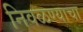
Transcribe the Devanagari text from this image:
निवळण्याचा